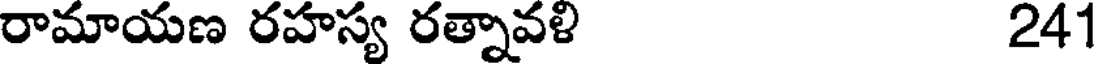
రామాయణ రహస్య రత్నావళి 241